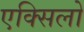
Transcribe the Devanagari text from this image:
एक्सिलो